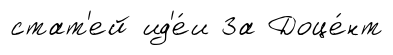
стат'ей ид'е́и За Доце́нт